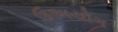
ઉઅયોગ